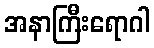
အနာကြီးရောဂါ